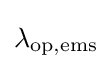
\lambda _{\mathrm {op,ems} }